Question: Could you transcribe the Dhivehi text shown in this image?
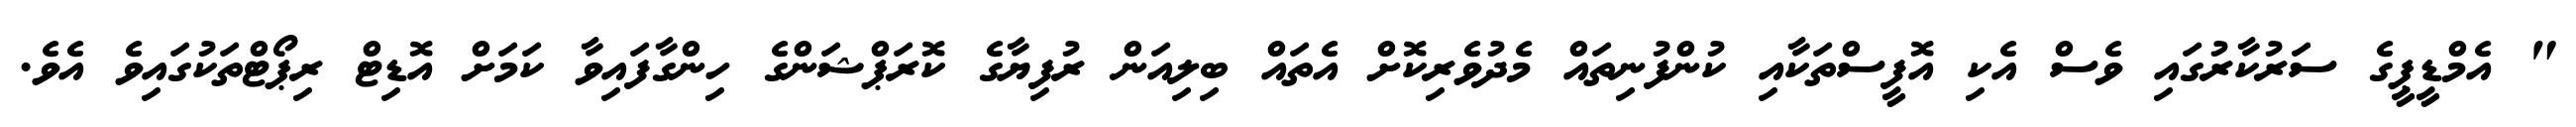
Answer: " އެމްޑީޕީގެ ސަރުކާރުގައި ވެސް އެކި އޮފީސްތަކާއި ކުންފުނިތައް މެދުވެރިކޮށް އެތައް ބިލިއަން ރުފިޔާގެ ކޮރަޕްޝަންގެ ހިންގާފައިވާ ކަމަށް އޮޑިޓް ރިޕޯޓްތަކުގައިވެ އެވެ.